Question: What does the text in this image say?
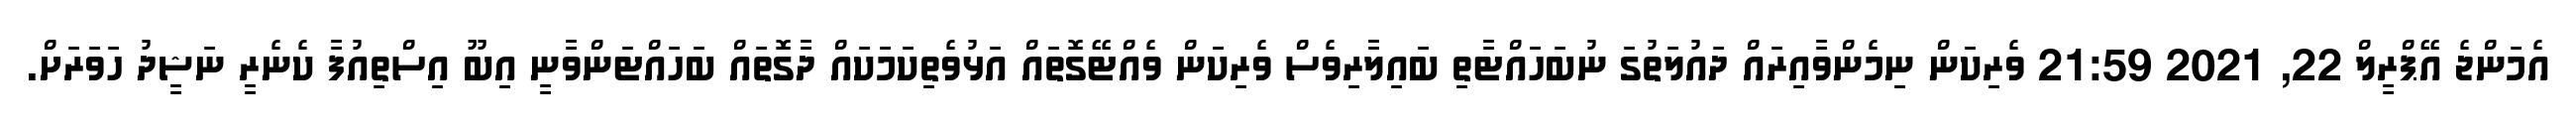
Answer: އެމަންޖެ އޭޕްރީލް 22, 2021 21:59 ވެރިކަން ނިމެންވާއިރައް ދައުލަތުގަ ނުބަހައްޓާތި ބައިލާރިވެސް ވެރިކަން ވެއްޓޭގޮތައް އަޅުވެތިކަމަކައް ދާގޮތައް ބަހައްޓަންވާނީ އިބޫ އިސްތިއުފާ ކެނެރީ ނަޝީދު ހަވަރަށް.